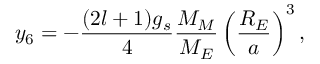
y _ { 6 } = - \frac { ( 2 l + 1 ) g _ { s } } { 4 } \frac { M _ { M } } { M _ { E } } \left( \frac { R _ { E } } { a } \right) ^ { 3 } ,